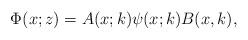
LaTeX: \begin{align*}\Phi(x;z)=A(x;k)\psi(x;k)B(x,k),\end{align*}